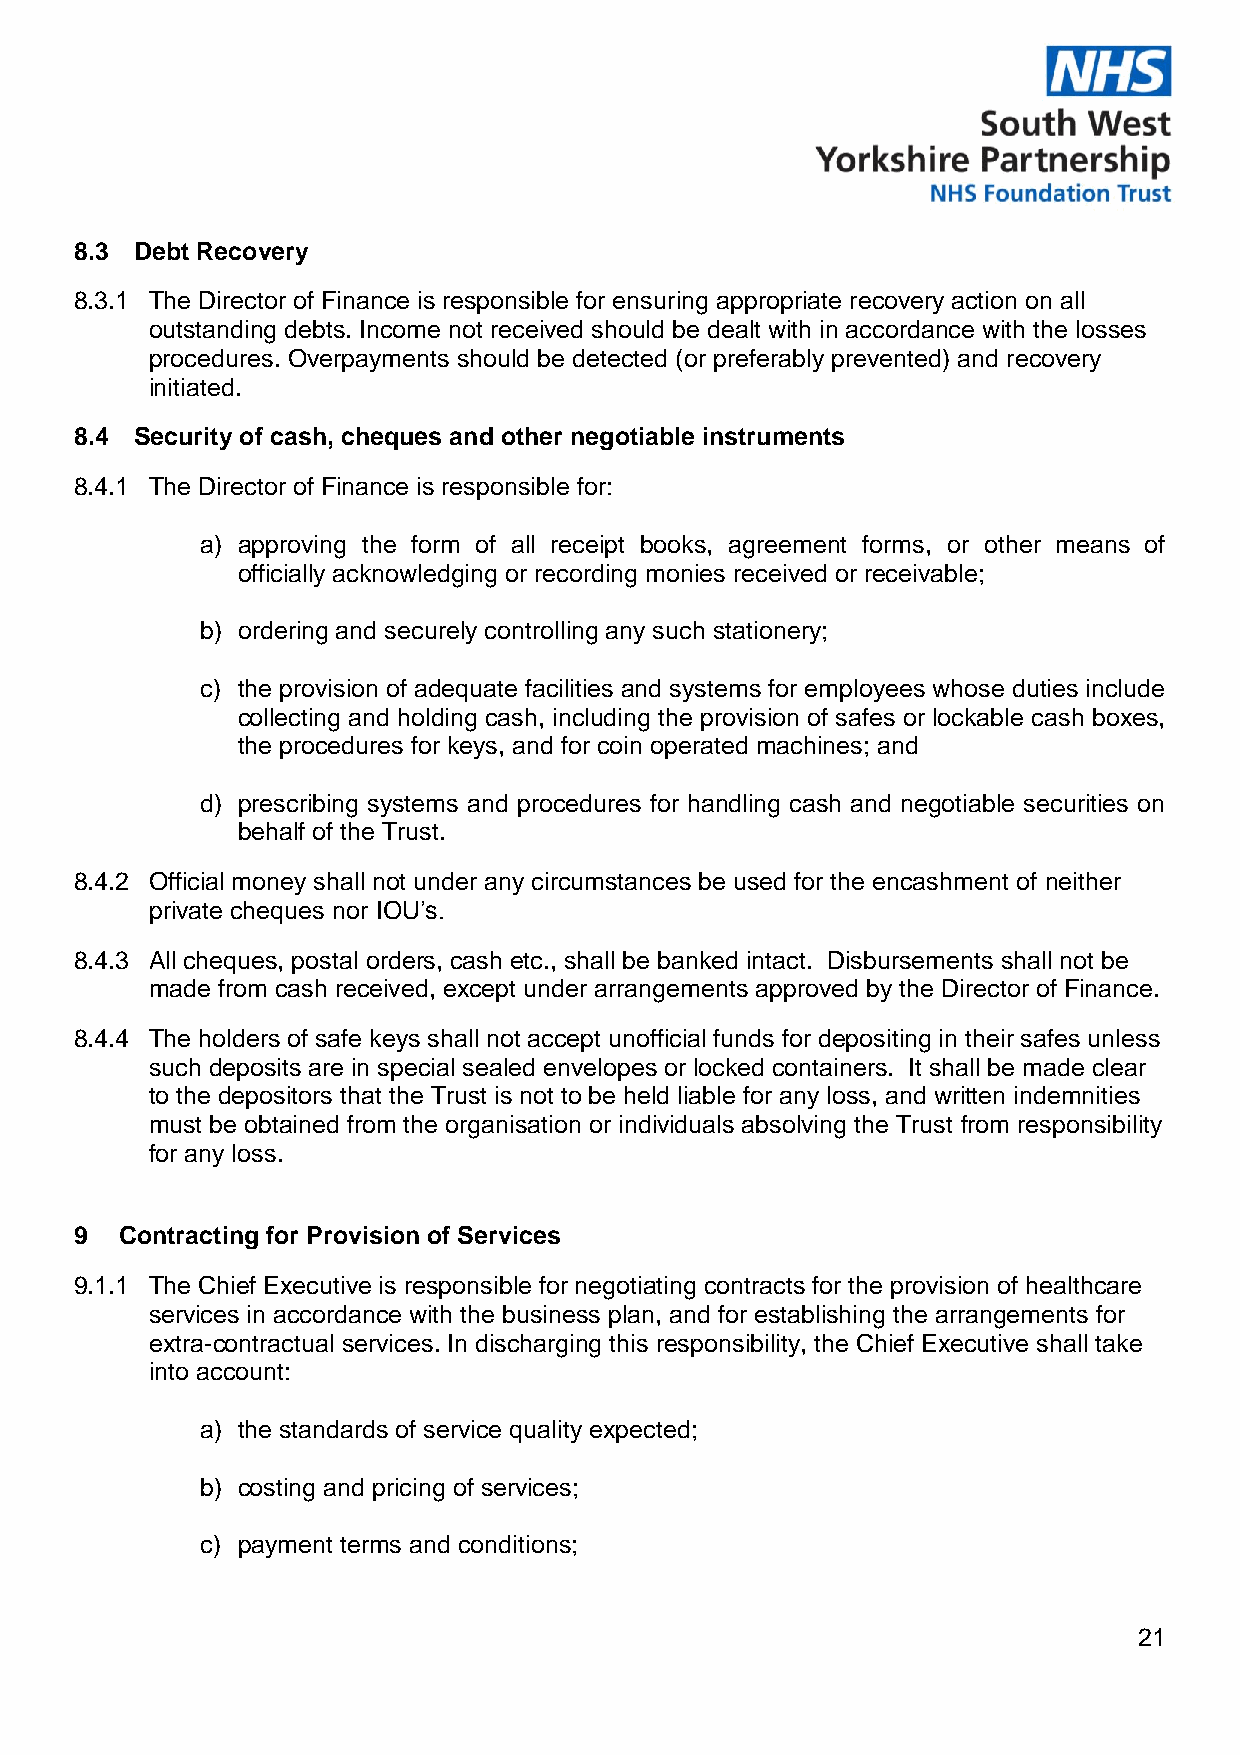
8.3 Debt Recovery
 8.3.1 The Director of Finance is responsible for ensuring appropriate recovery action on all
 outstanding debts. Income not received should be dealt with in accordance with the losses
 procedures. Overpayments should be detected (or preferably prevented) and recovery
 initiated.
 8.4 Security of cash, cheques and other negotiable instruments
 8.4.1 The Director of Finance is responsible for:
 a) approving the form of all receipt books, agreement forms, or other means of
 officially acknowledging or recording monies received or receivable;
 b) ordering and securely controlling any such stationery;
 c) the provision of adequate facilities and systems for employees whose duties include
 collecting and holding cash, including the provision of safes or lockable cash boxes,
 the procedures for keys, and for coin operated machines; and
 d) prescribing systems and procedures for handling cash and negotiable securities on
 behalf of the Trust.
 8.4.2 Official money shall not under any circumstances be used for the encashment of neither
 private cheques nor IOU’s.
 8.4.3 All cheques, postal orders, cash etc., shall be banked intact. Disbursements shall not be
 made from cash received, except under arrangements approved by the Director of Finance.
 8.4.4 The holders of safe keys shall not accept unofficial funds for depositing in their safes unless
 such deposits are in special sealed envelopes or locked containers. It shall be made clear
 to the depositors that the Trust is not to be held liable for any loss, and written indemnities
 must be obtained from the organisation or individuals absolving the Trust from responsibility
 for any loss.
 9  Contracting for Provision of Services
 9.1.1 The Chief Executive is responsible for negotiating contracts for the provision of healthcare
 services in accordance with the business plan, and for establishing the arrangements for
 extra-contractual services. In discharging this responsibility, the Chief Executive shall take
 into account:
 a) the standards of service quality expected;
 b) costing and pricing of services;
 c) payment terms and conditions;
 21